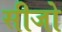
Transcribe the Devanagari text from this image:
सीजो